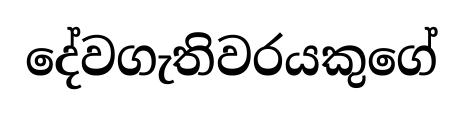
දේවගැතිවරයකුගේ